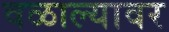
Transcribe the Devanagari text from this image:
वळाल्यावर